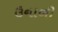
ઉનાળી